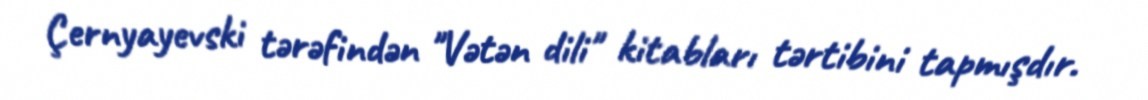
Çernyayevski tərəfindən "Vətən dili" kitabları tərtibini tapmışdır.